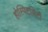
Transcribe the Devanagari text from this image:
होस्पिटलिटी